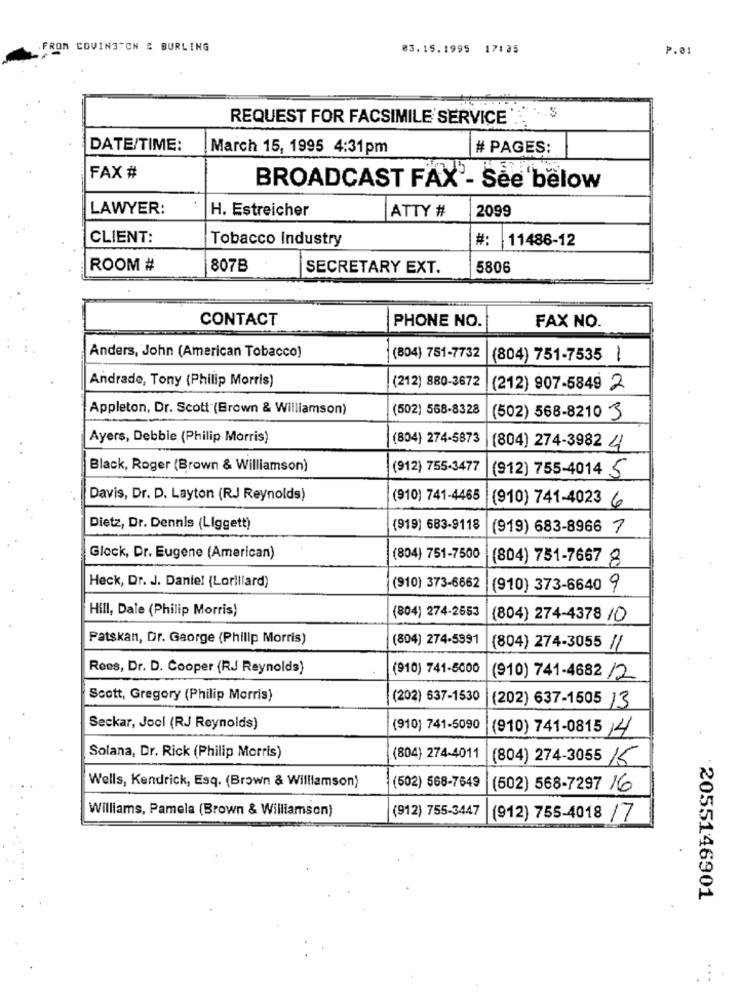
FROM COVINGTON & BURLING
03.15.1995 17:35
P.01
REQUEST FOR FACSIMILE SERVICE .. ..
DATE/TIME:
March 15, 1995 4:31pm
# PAGES:
FAX #
BROADCAST FAX - See below
LAWYER:
H. Estreicher
ATTY #
2099
CLIENT:
Tobacco Industry
#:
11486-12
ROOM #
807B
SECRETARY EXT.
5806
CONTACT
PHONE NO.
FAX NO.
Anders, John (American Tobacco)
(804) 751-7732
(804) 751-7535 1
Andrade, Tony (Philip Morris)
(212) 880-3672
(212) 907-5849 2
Appleton, Dr. Scott (Brown & Williamson)
(502) 568-8328
(502) 568-8210 3
Ayers, Debbie (Philip Morris)
(804) 274-5873
(804) 274-3982 21
Black, Roger (Brown & Williamson)
(912) 755-3477
(912) 755-4014 5
Davis, Dr. D. Layton (RJ Reynolds)
(910) 741-4465
(910) 741-4023 6
Dietz, Dr. Dennis (Liggett)
(919) 683-9118
(919) 683-8966 7
Glock, Dr. Eugene (American)
(804) 751-7500
(804) 751-7667 8
Heck, Dr. J. Daniel (Lorillard)
(910) 373-6662
(910) 373-6640 9
Hill, Dale (Philip Morris)
(804) 274-2553
(804) 274-4378 10
Patskan, Dr. George (Philip Morris)
(804) 274-5991
(804) 274-3055 //
Rees, Dr. D. Cooper (RJ Reynolds)
(910) 741-5000
(910) 741-4682 /2
Scott, Gregory (Philip Morris)
(202) 637-1530
(202) 637-1505 13
Seckar, Jocl (RJ Reynolds)
(910) 741-5090 (910) 741-0815 / 4
Solana, Dr. Rick (Philip Morris)
(804) 274-4011
(804) 274-3055 /5
Wells, Kendrick, Esq. (Brown & Williamson)
(502) 568-7649
(602) 568-7297 16
Williams, Pamela (Brown & Williamson)
(912) 755-3447
(912) 755-4018 /7
2055146901